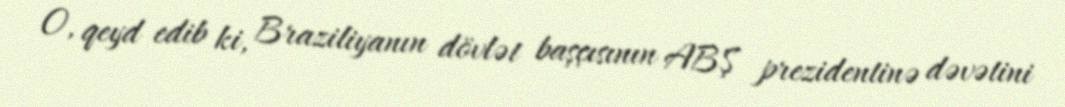
O, qeyd edib ki, Braziliyanın dövlət başçısının ABŞ prezidentinə dəvətini